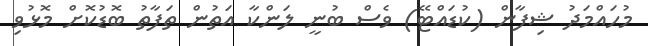
މުހައްމަދު ޝިފާން (ކުޑައްޓޭ) ވެސް ބުނީ ލަންކާ އަތުން ތަފާތު ބޮޑުކޮށް މޮޅުވި